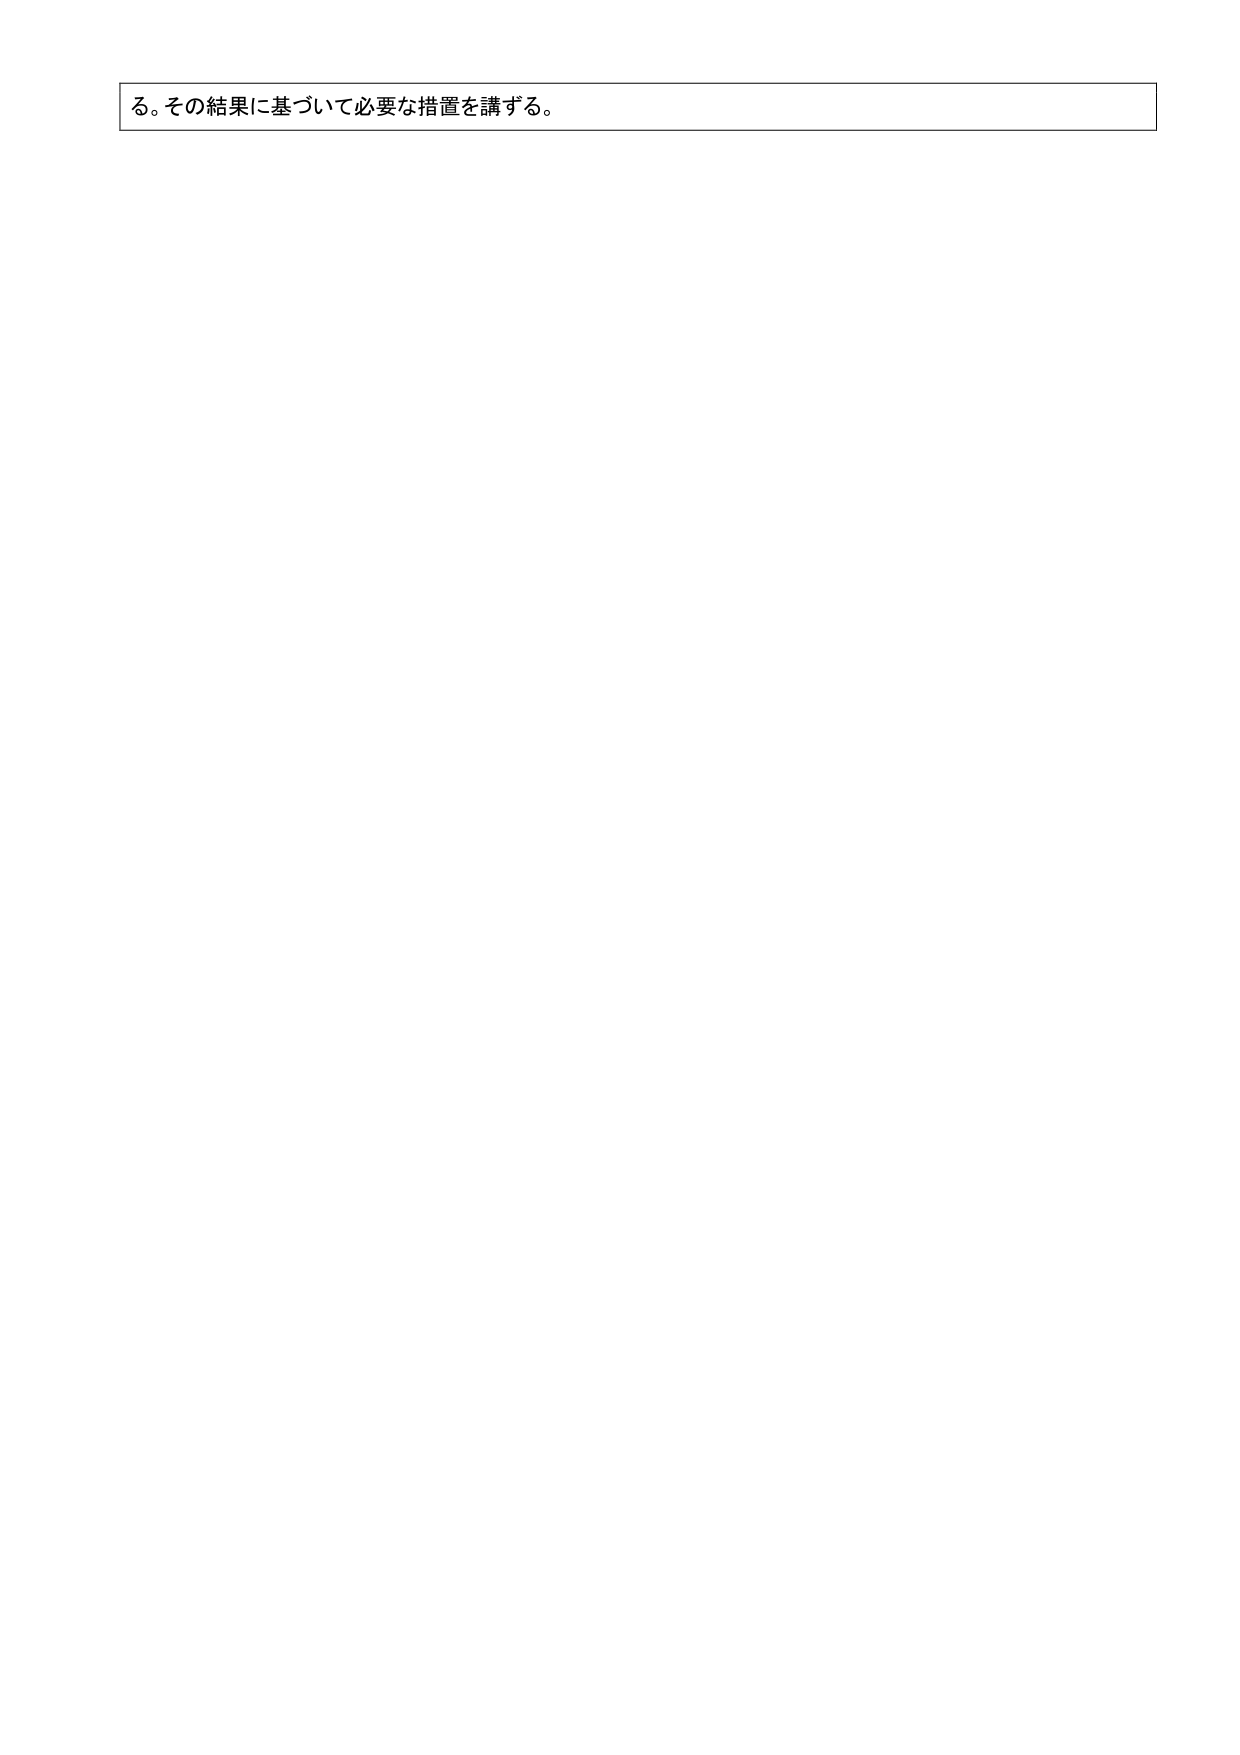
る。その結果に基づいて必要な措置を講ずる。